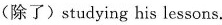
(除了) studying his lessons.